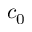
c _ { 0 }